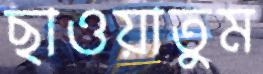
ছাওয়াতুম